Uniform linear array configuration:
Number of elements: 8
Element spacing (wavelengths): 0.75
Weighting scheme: hamming
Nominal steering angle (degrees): -45
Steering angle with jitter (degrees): -44.606
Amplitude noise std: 0.05
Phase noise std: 0.05

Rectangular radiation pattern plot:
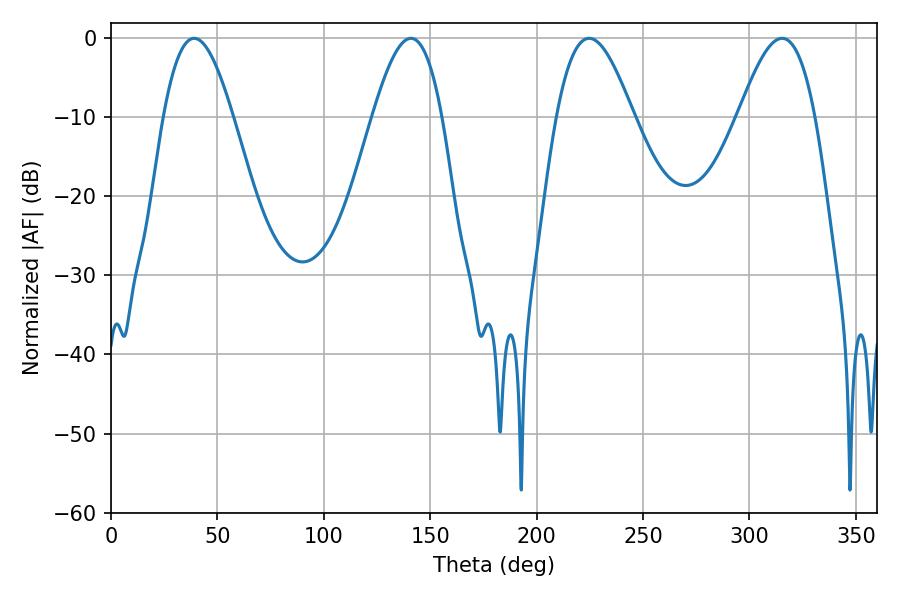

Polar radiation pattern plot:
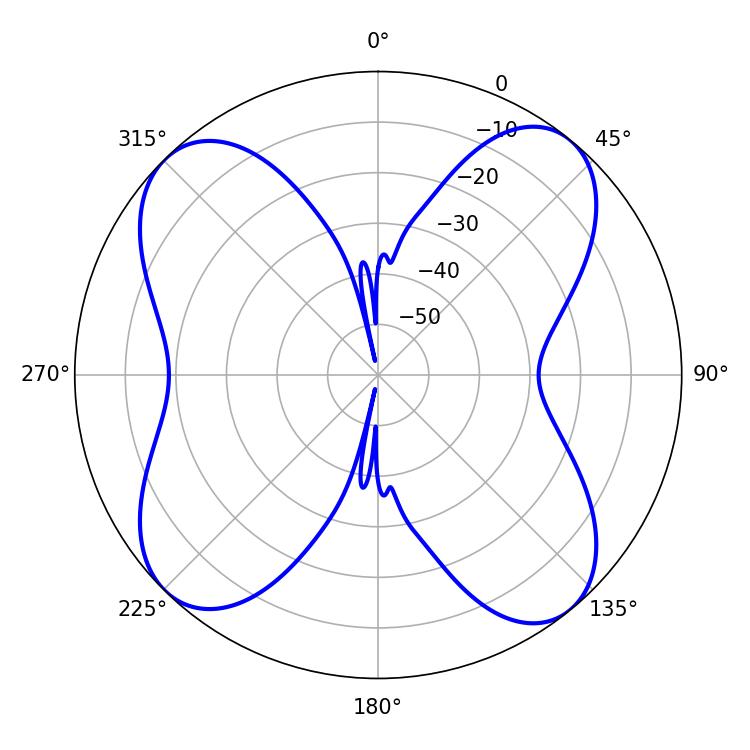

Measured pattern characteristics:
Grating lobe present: TRUE
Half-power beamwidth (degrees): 17.64
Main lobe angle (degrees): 39.06